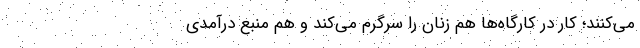
می‌کنند؛ کار در کارگاه‌ها هم زنان را سرگرم می‌کند و هم منبع درآمدی